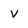
Character: v